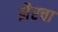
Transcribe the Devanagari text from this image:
झैरचा